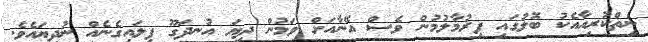
ނިތްކުރިއާއެކު ބޮލުގައި ފިރުމާލުމުން ވެސް އޭނާއަށް ވަމުން ދިޔަ އުނދަގޫ ފިލައިގެނެއް ނުދިޔައެވެ.